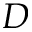
D